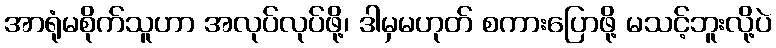
အာရုံမစိုက်သူဟာ အလုပ်လုပ်ဖို့၊ ဒါမှမဟုတ် စကားပြောဖို့ မသင့်ဘူးလို့ပဲ